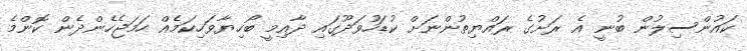
ކައުންސިލުން ބުނީ އެ ރަށުގެ ރައްޔިތުންނަށް ކުޑަހުވަދޫގައި ދާއިމީ ބޯހިޔާވަހިކަމެއް ހަމަޖެހެންދެން ކޮންމެ